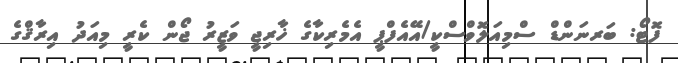
ފޮޓޯ: ބަރނަންޑް ސްމިއަލޮވްސްކީ/އޭއެފްޕީ އެމެރިކާގެ ޚާރިޖީ ވަޒީރު ޖޯން ކެރީ މިއަދު އިރާޤްގެ